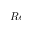
R e